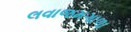
લવાજમગાળા